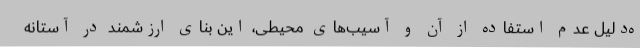
ه‌دلیل عدم استفاده از آن و آسیب‌های محیطی، این بنای ارزشمند در آستانه